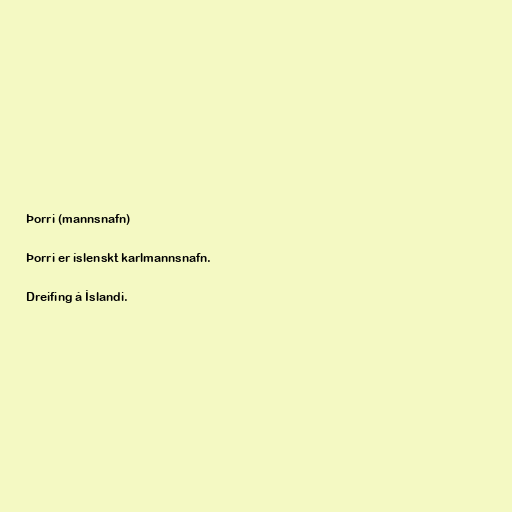
Þorri (mannsnafn)

Þorri er íslenskt karlmannsnafn.

Dreifing á Íslandi.